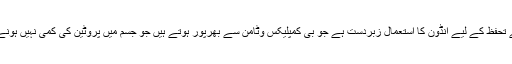
اس سے تحفظ کے لیے انڈون کا استعمال زبردست ہے جو بی کمپلیکس وٹامن سے بھرپور ہوتے ہیں جو جسم میں پروٹین کی کمی نہیں ہونے دیتے۔